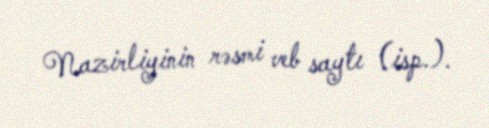
Nazirliyinin rəsmi veb saytı (isp.).